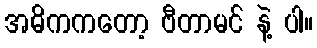
အဓိကကတော့ ဗီတာမင် နဲ့ ပါ။